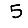
Digit: 5